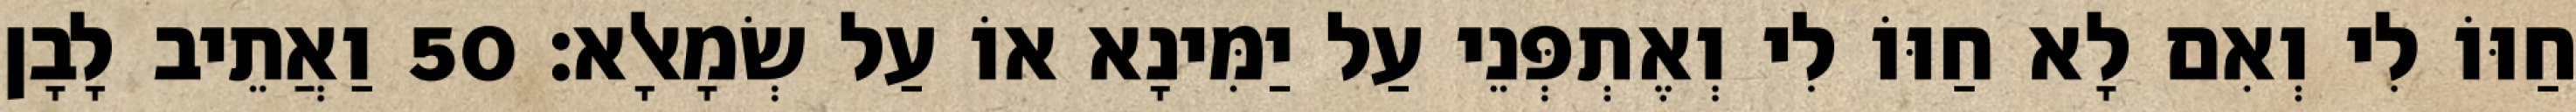
חַוּוֹ לִי וְאִם לָא חַוּוֹ לִי וְאֶתְפְּנֵי עַל יַמִּינָא אוֹ עַל שְׂמָאלָא׃ 50 וַאֲתֵיב לָבָן